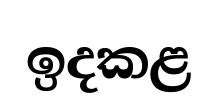
ඉදකළ